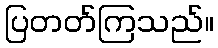
ပြတတ်ကြသည်။